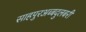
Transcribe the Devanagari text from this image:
साहपुरअब्बदुलबरी